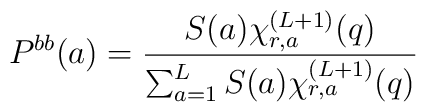
P^{bb}(a)=\frac{S(a) \chi_{r,a}^{(L+1)}(q)}{\sum_{a=1}^L S(a) \chi_{r,a}^{(L+1)}(q)}